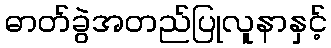
ဓာတ်ခွဲအတည်ပြုလူနာနှင့်